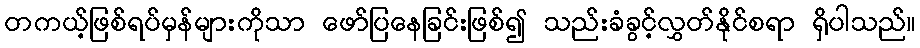
တကယ့်ဖြစ်ရပ်မှန်များကိုသာ ဖော်ပြနေခြင်းဖြစ်၍ သည်းခံခွင့်လွှတ်နိုင်စရာ ရှိပါသည်။